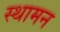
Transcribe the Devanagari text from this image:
स्थामन